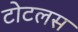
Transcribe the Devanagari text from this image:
टोटलस